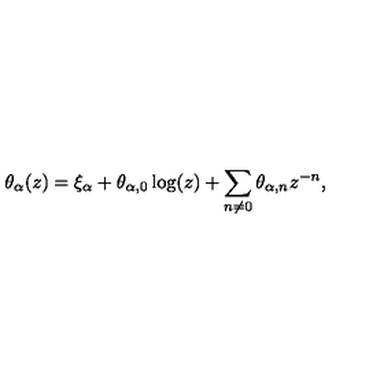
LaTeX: \theta _ { \alpha } ( z ) = \xi _ { \alpha } + \theta _ { \alpha , 0 } \log ( z ) + \sum _ { n \neq 0 } \theta _ { \alpha , n } z ^ { - n } ,